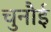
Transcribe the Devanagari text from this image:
चुनौई